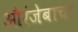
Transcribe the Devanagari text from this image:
औरंजेबाचा